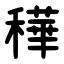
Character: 䅿